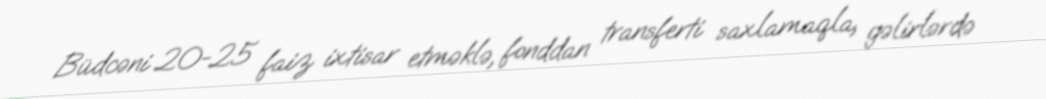
Büdcəni 20-25 faiz ixtisar etməklə, fonddan transferti saxlamaqla, gəlirlərdə